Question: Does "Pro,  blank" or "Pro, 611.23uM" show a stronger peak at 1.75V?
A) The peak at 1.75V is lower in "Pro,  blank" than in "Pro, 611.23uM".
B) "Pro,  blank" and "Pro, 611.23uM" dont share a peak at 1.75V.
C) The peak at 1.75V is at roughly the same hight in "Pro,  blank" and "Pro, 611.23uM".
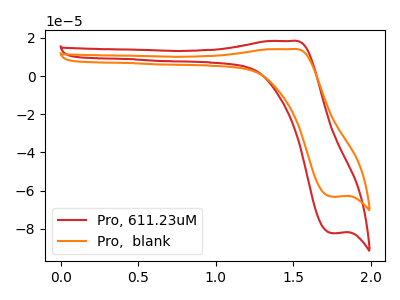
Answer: <think>The red curve "Pro, 611.23uM" has an anodic peak at (1.50V, 18.30uA) and a cathodic peak at (1.75V, -82.20uA). The orange curve "Pro,  blank" has an anodic peak at (1.50V, 14.05uA) and a cathodic peak at (1.75V, -63.10uA).</think>
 <answer>A) The peak at 1.75V is lower in "Pro,  blank" than in "Pro, 611.23uM".</answer>
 <eval>A</eval>